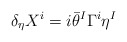
\begin{align*} \delta_\eta X^i =i \bar{\theta}^I \Gamma^i \eta^I\end{align*}